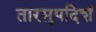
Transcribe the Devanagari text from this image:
तारमुपदिशं